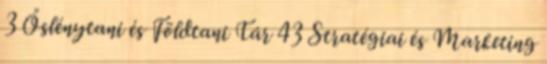
3 Őslénytani és Földtani Tár 43 Stratégiai és Marketing